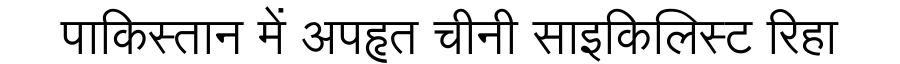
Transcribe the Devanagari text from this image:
पाकिस्तान में अपहृत चीनी साइकिलिस्ट रिहा